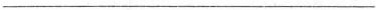
___